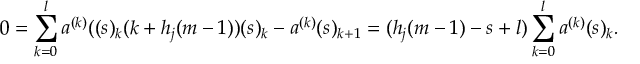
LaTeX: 0 = \sum _ { k = 0 } ^ { l } a ^ { ( k ) } ( ( s ) _ { k } ( k + h _ { j } ( m - 1 ) ) ( s ) _ { k } - a ^ { ( k ) } ( s ) _ { k + 1 } = ( h _ { j } ( m - 1 ) - s + l ) \sum _ { k = 0 } ^ { l } a ^ { ( k ) } ( s ) _ { k } .